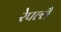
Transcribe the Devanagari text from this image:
रेपल्लै